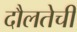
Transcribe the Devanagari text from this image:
दौलतेची